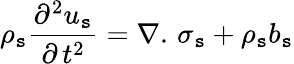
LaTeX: {\rho_{\mathtt{s}}}\frac{{{{\partial^{2}}u_{\mathtt{s}}}}}{{{\partial\, {t^{2}}}}}=\nabla.\, {\sigma_{\mathtt{s}}}+{\rho_{\mathtt{s}}}{b_{\mathtt{s}}}